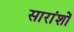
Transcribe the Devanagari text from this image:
सारांशों